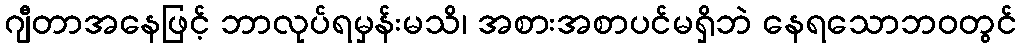
ဂျီတာအနေဖြင့် ဘာလုပ်ရမှန်းမသိ၊ အစားအစာပင်မရှိဘဲ နေရသောဘဝတွင်